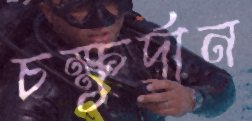
চক্ষুর্দান